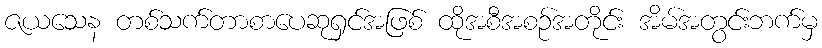
ဇယသေန တစ်သက်တာစာပေဆုရှင်အဖြစ် ထိုအစီအစဉ်အတိုင်း အိမ်အတွင်းဘက်မှ